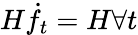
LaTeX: H\dot{f}_{t}=H\forall t